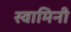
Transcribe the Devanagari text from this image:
स्‍वामिनी